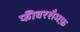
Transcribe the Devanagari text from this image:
फीवरशैमफ़